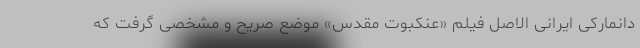
دانمارکی ایرانی الاصل فیلم «عنکبوت مقدس» موضع صریح و مشخصی گرفت که